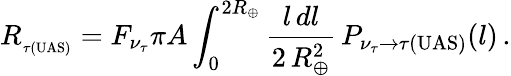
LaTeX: R_{_{\tau(\mathrm{UAS})}}=F_{\nu_{\tau}}\pi A\int_{0}^{2R_{\oplus}}\frac{l\, dl}{2\, R_{\oplus}^{2}}\, P_{{\nu_{\tau}}\rightarrow{\tau(\mathrm{UAS)}}}(l)\, .